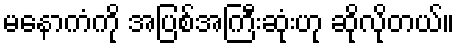
မနောကံကို အပြစ်အကြီးဆုံးဟု ဆိုလိုတယ်။